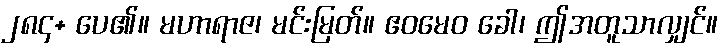
၂၈၄+ ပေ၏။ မဟာရာဇ၊ မင်းမြတ်။ ဧဝမေဝ ခေါ၊ ဤအတူသာလျှင်။